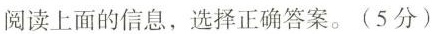
阅读上面的信息,选择正确答案.(5分)